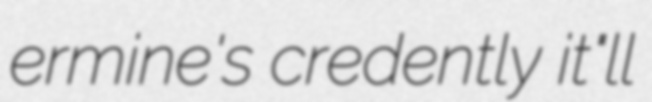
ermine's credently it"ll